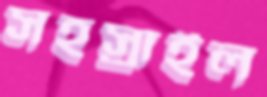
সহস্রাইল